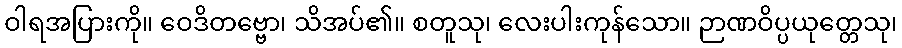
ဝါရအပြားကို။ ဝေဒိတဗ္ဗော၊ သိအပ်၏။ စတူသု၊ လေးပါးကုန်သော။ ဉာဏဝိပ္ပယုတ္တေသု၊